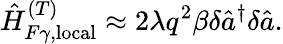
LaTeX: \hat{H}_{F\gamma,\mathrm{local}}^{(T)}\approx 2\lambda q^{2}\beta\delta\hat{a}^{\dagger}\delta\hat{a}.